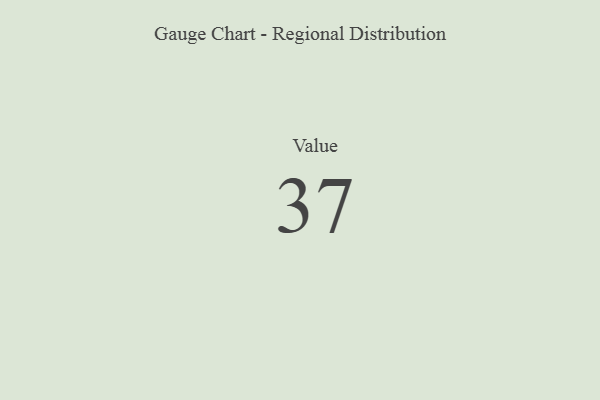
{"axis": {"x": "Metric", "y": "Value"}, "legend": [""], "data": [{"x": "Value", "y": 37, "type": ""}]}